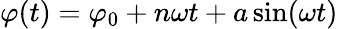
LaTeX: \varphi(t)=\varphi_{0}+n\omega t+a\sin(\omega t)